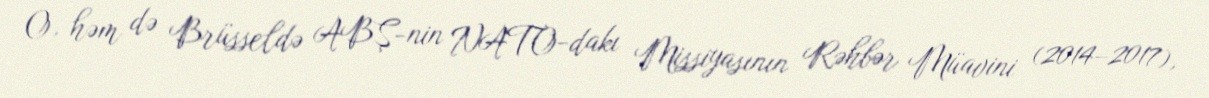
O, həm də Brüsseldə ABŞ-nin NATO-dakı Missiyasının Rəhbər Müavini (2014–2017),